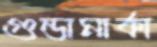
গুন্ডামার্কা